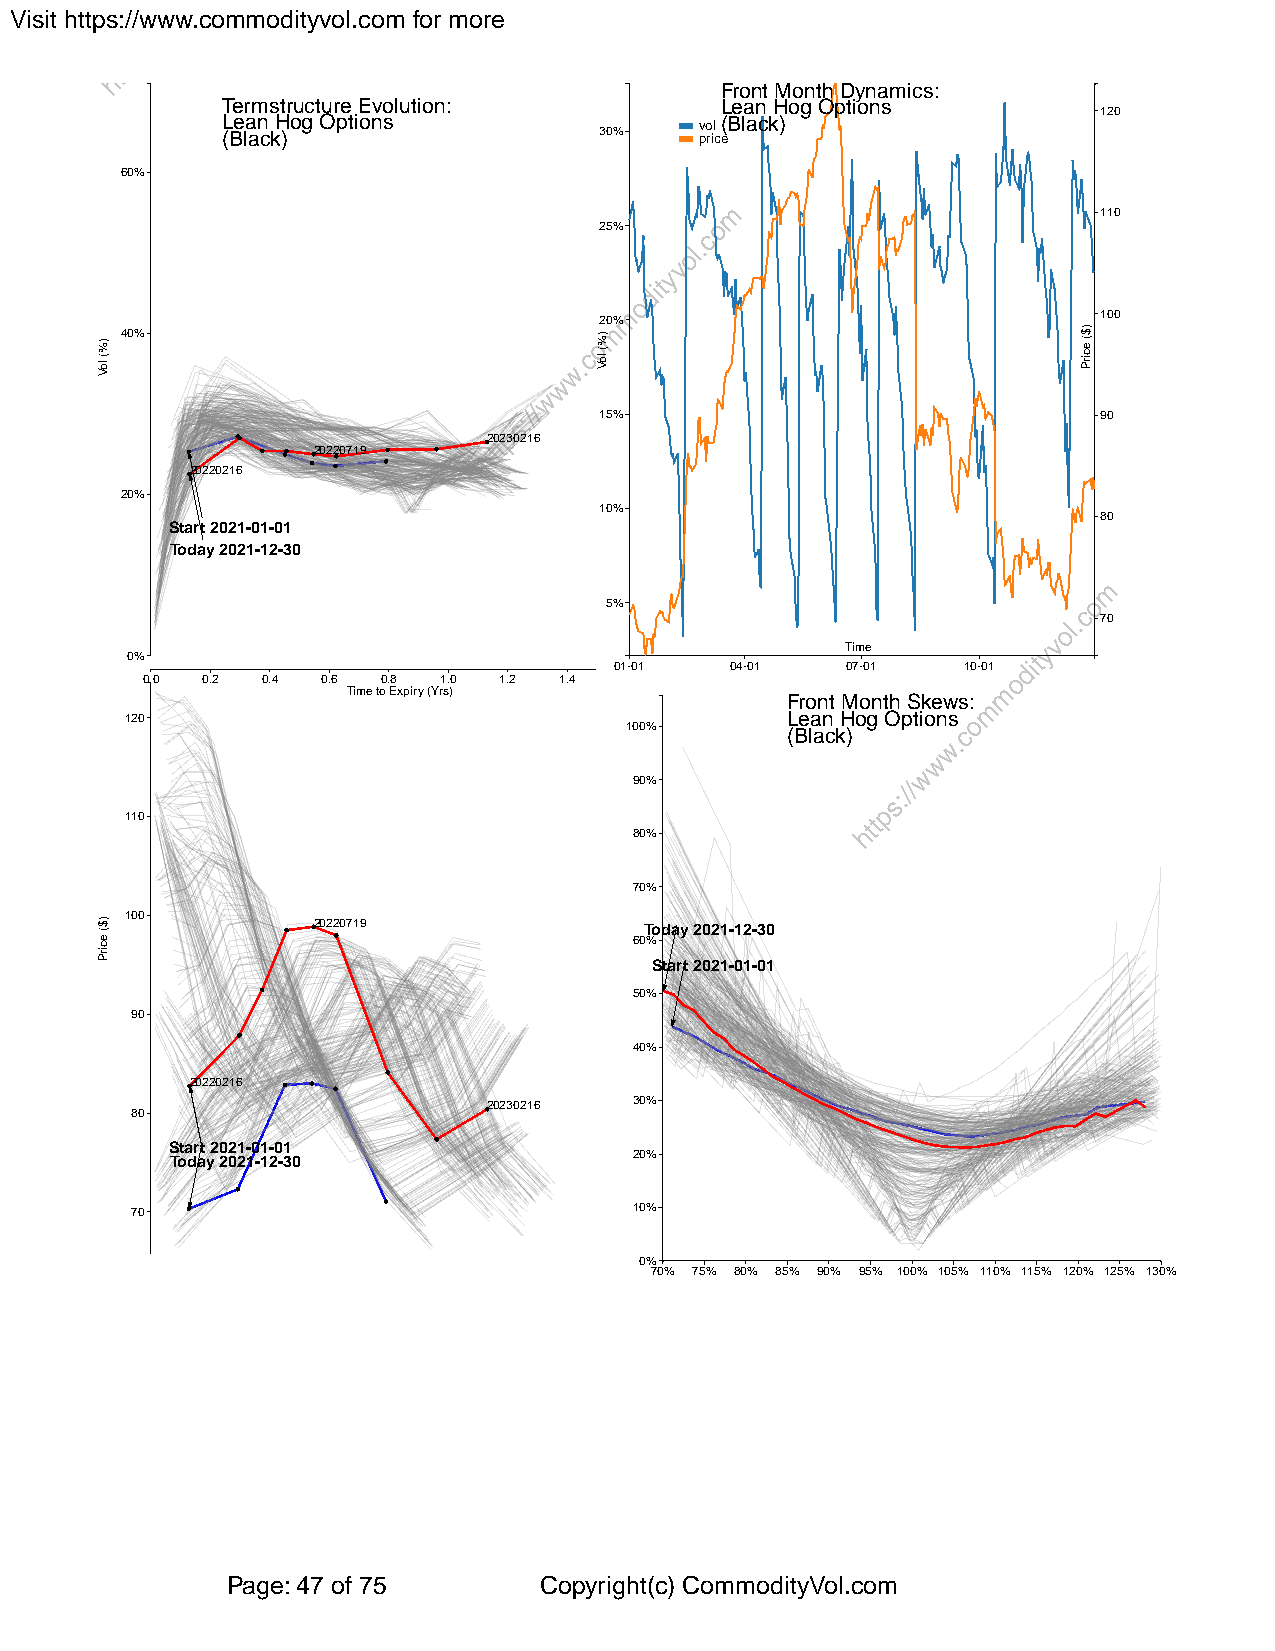
Visit https://www.commodityvol.com for more
 Front Month Dynamics:
 Termstructure Evolution:         Lean Hog Options
 120
 Lean Hog Options               vol(Black)
 (Black)                  30%   price
 60%
 110
 25%
 20%                              100
 40%
 15%                              90
 20230216
 20220719
 20220216
 20%
 10%
 80
 Start 2021-01-01
 Today 2021-12-30
 5%
 70
 Time
 0%
 01-01  04-01   07-01   10-01
 0.0 0.2 0.4 0.6 0.8 1.0 1.2 1.4
 Time to Expiry (Yrs)
 Front Month Skews:
 120                                         Lean Hog Options
 100%       (Black)
 90%
 110
 80%
 70%
 100          20220719              Today 2021-12-30
 60%
 Start 2021-01-01
 50%
 90
 40%
 20220216
 20230216  30%
 80
 Start 2021-01-01
 20%
 Today 2021-12-30
 70                               10%
 0%
 70% 75% 80% 85% 90% 95% 100% 105% 110% 115% 120% 125% 130%
 Page: 47 of 75       Copyright(c) CommodityVol.com
 )%(
 loV
 )$(
 ecirP
 )%(
 loV
 )$(
 ecirP